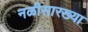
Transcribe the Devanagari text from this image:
नळीसारख्या